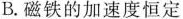
B.磁铁的加速度恒定